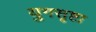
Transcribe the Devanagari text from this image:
युगसृष्टा